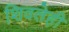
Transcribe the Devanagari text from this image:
शिवलेही